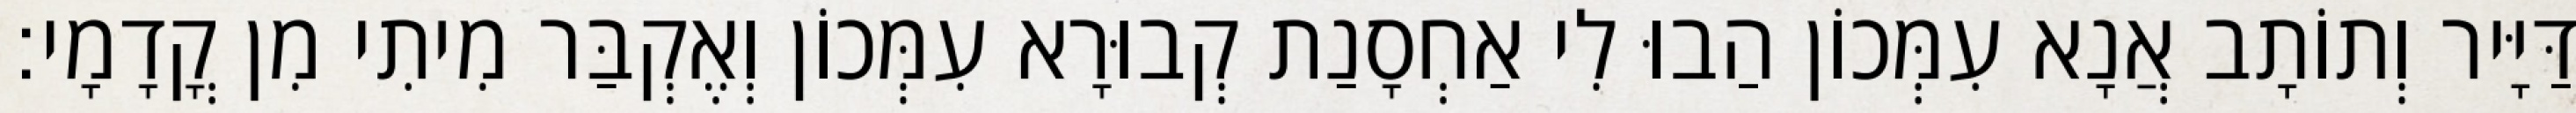
דַּיָּיר וְתוֹתָב אֲנָא עִמְּכוֹן הַבוּ לִי אַחְסָנַת קְבוּרָא עִמְּכוֹן וְאֶקְבַּר מִיתִי מִן קֳדָמָי׃